Leaving Certificate Examination, 1917, 1917
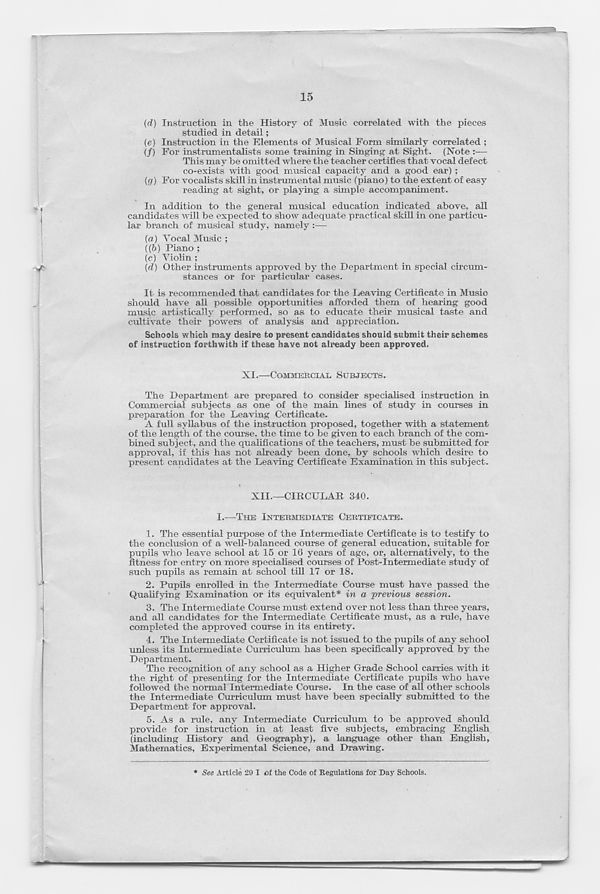
15
(d) Instruction in the History of Music correlated with the pieces
studied in detail;
(e) Instruction in the Elements of Musical Form similarly correlated ;
(/) For instrumentalists some training in Singing at Sight. (Note :—
This may be omitted where the teacher certifies that vocal defect
co-exists with good musical capacity and a good ear) ;
{cj) For vocalists skill in instrumental music (piano) to the extent of easy
reading at sight, or playing a simple accompaniment.
In addition to the general musical education indicated above, all
candidates will be expected to show adequate practical skill in one particu-
lar branch of musical study, namely :—
(a) Vocal Music ;
((b) Piano ;
(c) Violin ;
(d) Other instruments approved by the Department in special circum-
stances or for particular cases.
It is recommended that candidates for the Leaving Certificate in Music
should have all possible opportunities afforded them of hearing good
music artistically performed, so as to educate their musical taste and
cultivate their powers of analysis and appreciation.
Schools which may desire to present candidates should submit their schemes
of instruction forthwith if these have not already been approved.
XI.—COMMERCIAL SUBJECTS.
The Department are prepared to consider specialised instruction in
Commercial subjects as one of the main lines of study in courses in
preparation for the Leaving Certificate.
A full syllabus of the instruction proposed, together with a statement
of the length of the course, the time to be given to each branch of the com-
bined subject, and the qualifications of the teachers, must be submitted for
approval, if this has not already been done, by schools which desire to
present candidates at the Leaving Certificate Examination in this subject.
XII.—CIRCULAR 340.
I.—THE INTERMEDIATE CERTIFICATE.
1. The essential purpose of the Intermediate Certificate is to testify to
the conclusion of a well-balanced course of general education, suitable for
pupils who leave school at 15 or 16 years of age, or, alternatively, to the
fitness for entry on more specialised courses of Post-Intermediate study of
such pupils as remain at school till 17 or 18.
2. Pupils enrolled in the Intermediate Course must have passed the
Qualifying Examination or its equivalent* in a previous session.
3. The Intermediate Course must extend over not less than three years,
and all candidates for the Intermediate Certificate must, as a rule, have
completed the approved course in its entirety.
4. The Intermediate Certificate is not issued to the pupils of any school
unless its Intermediate Curriculum has been specifically approved by the
Department.
The recognition of any school as a Higher Grade School carries with it
the right of presenting for the Intermediate Certificate pupils who have
followed the normal Intermediate Course. In the case of all other schools
the Intermediate Curriculum must have been specially submitted to the
Department for approval.
5. As a rule, any Intermediate Curriculum to be approved should
provide for instruction in at least five subjects, embracing English
(including History and Geography), a language other than English,
Mathematics, Experimental Science, and Drawing.
* See Article 29 I of the Code of Regulations for Day Schools.